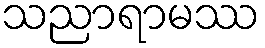
သညာရာမဿ